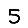
Digit: 5